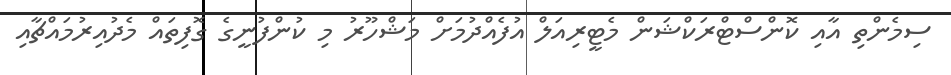
ސިމެންތި އާއި ކޮންސްޓްރަކްޝަން މެޓީރިއަލް އުފެއްދުމަށް މަޝްހޫރު މި ކުންފުނީގެ ގޮފިތައް މެދުއިރުމައްޗާއި